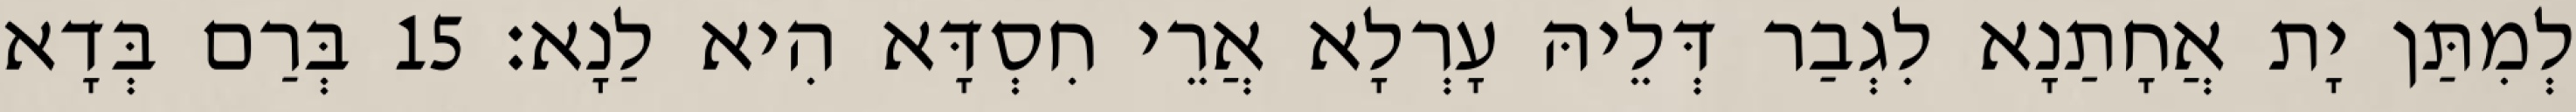
לְמִתַּן יָת אֲחָתַנָא לִגְבַר דְּלֵיהּ עָרְלָא אֲרֵי חִסְדָּא הִיא לַנָא׃ 15 בְּרַם בְּדָא